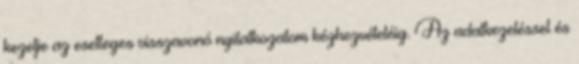
kezelje az esetleges visszavonó nyilatkozatom kézhezvételéig. Az adatkezeléssel és